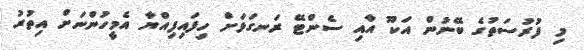
މި ފުރުސަތުގެ ބޭނުން އަކޫ އާއި ސެންޓޭ ރަނގަޅަށް ހިފައިފިއްޔާ އެމީހުންނަށް އިތުރު